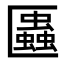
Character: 𠥨